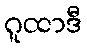
ဂူထာဒီ